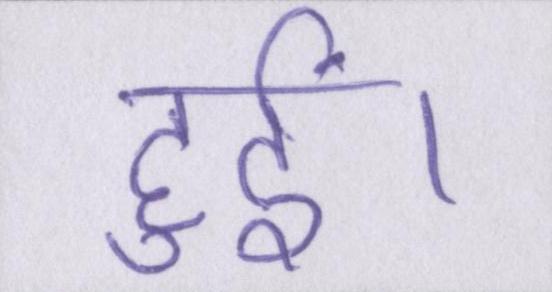
हुईं।